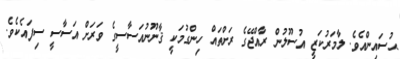
ޙުސައިންއެވެ. ލާމަރުކަޒީ އުސޫލުން ރާއްޖޭގެ ރަށްތައް ހިންގުމަކީ ޤާނޫނުއަސާސީގެ ވަރަށް އަސާސީ ސިފައެކެވެ.